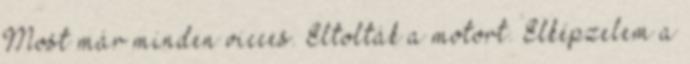
Most már minden vicces. Eltolták a motort. Elképzelem a